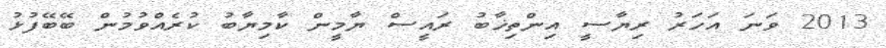
2013 ވަނަ އަހަރު ރިޔާސީ އިންތިޚާބު ރައީސް ޔާމީން ކާމިޔާބު ކުރެއްވުމުން ބޭބޭފުޅު